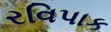
રવિપાક